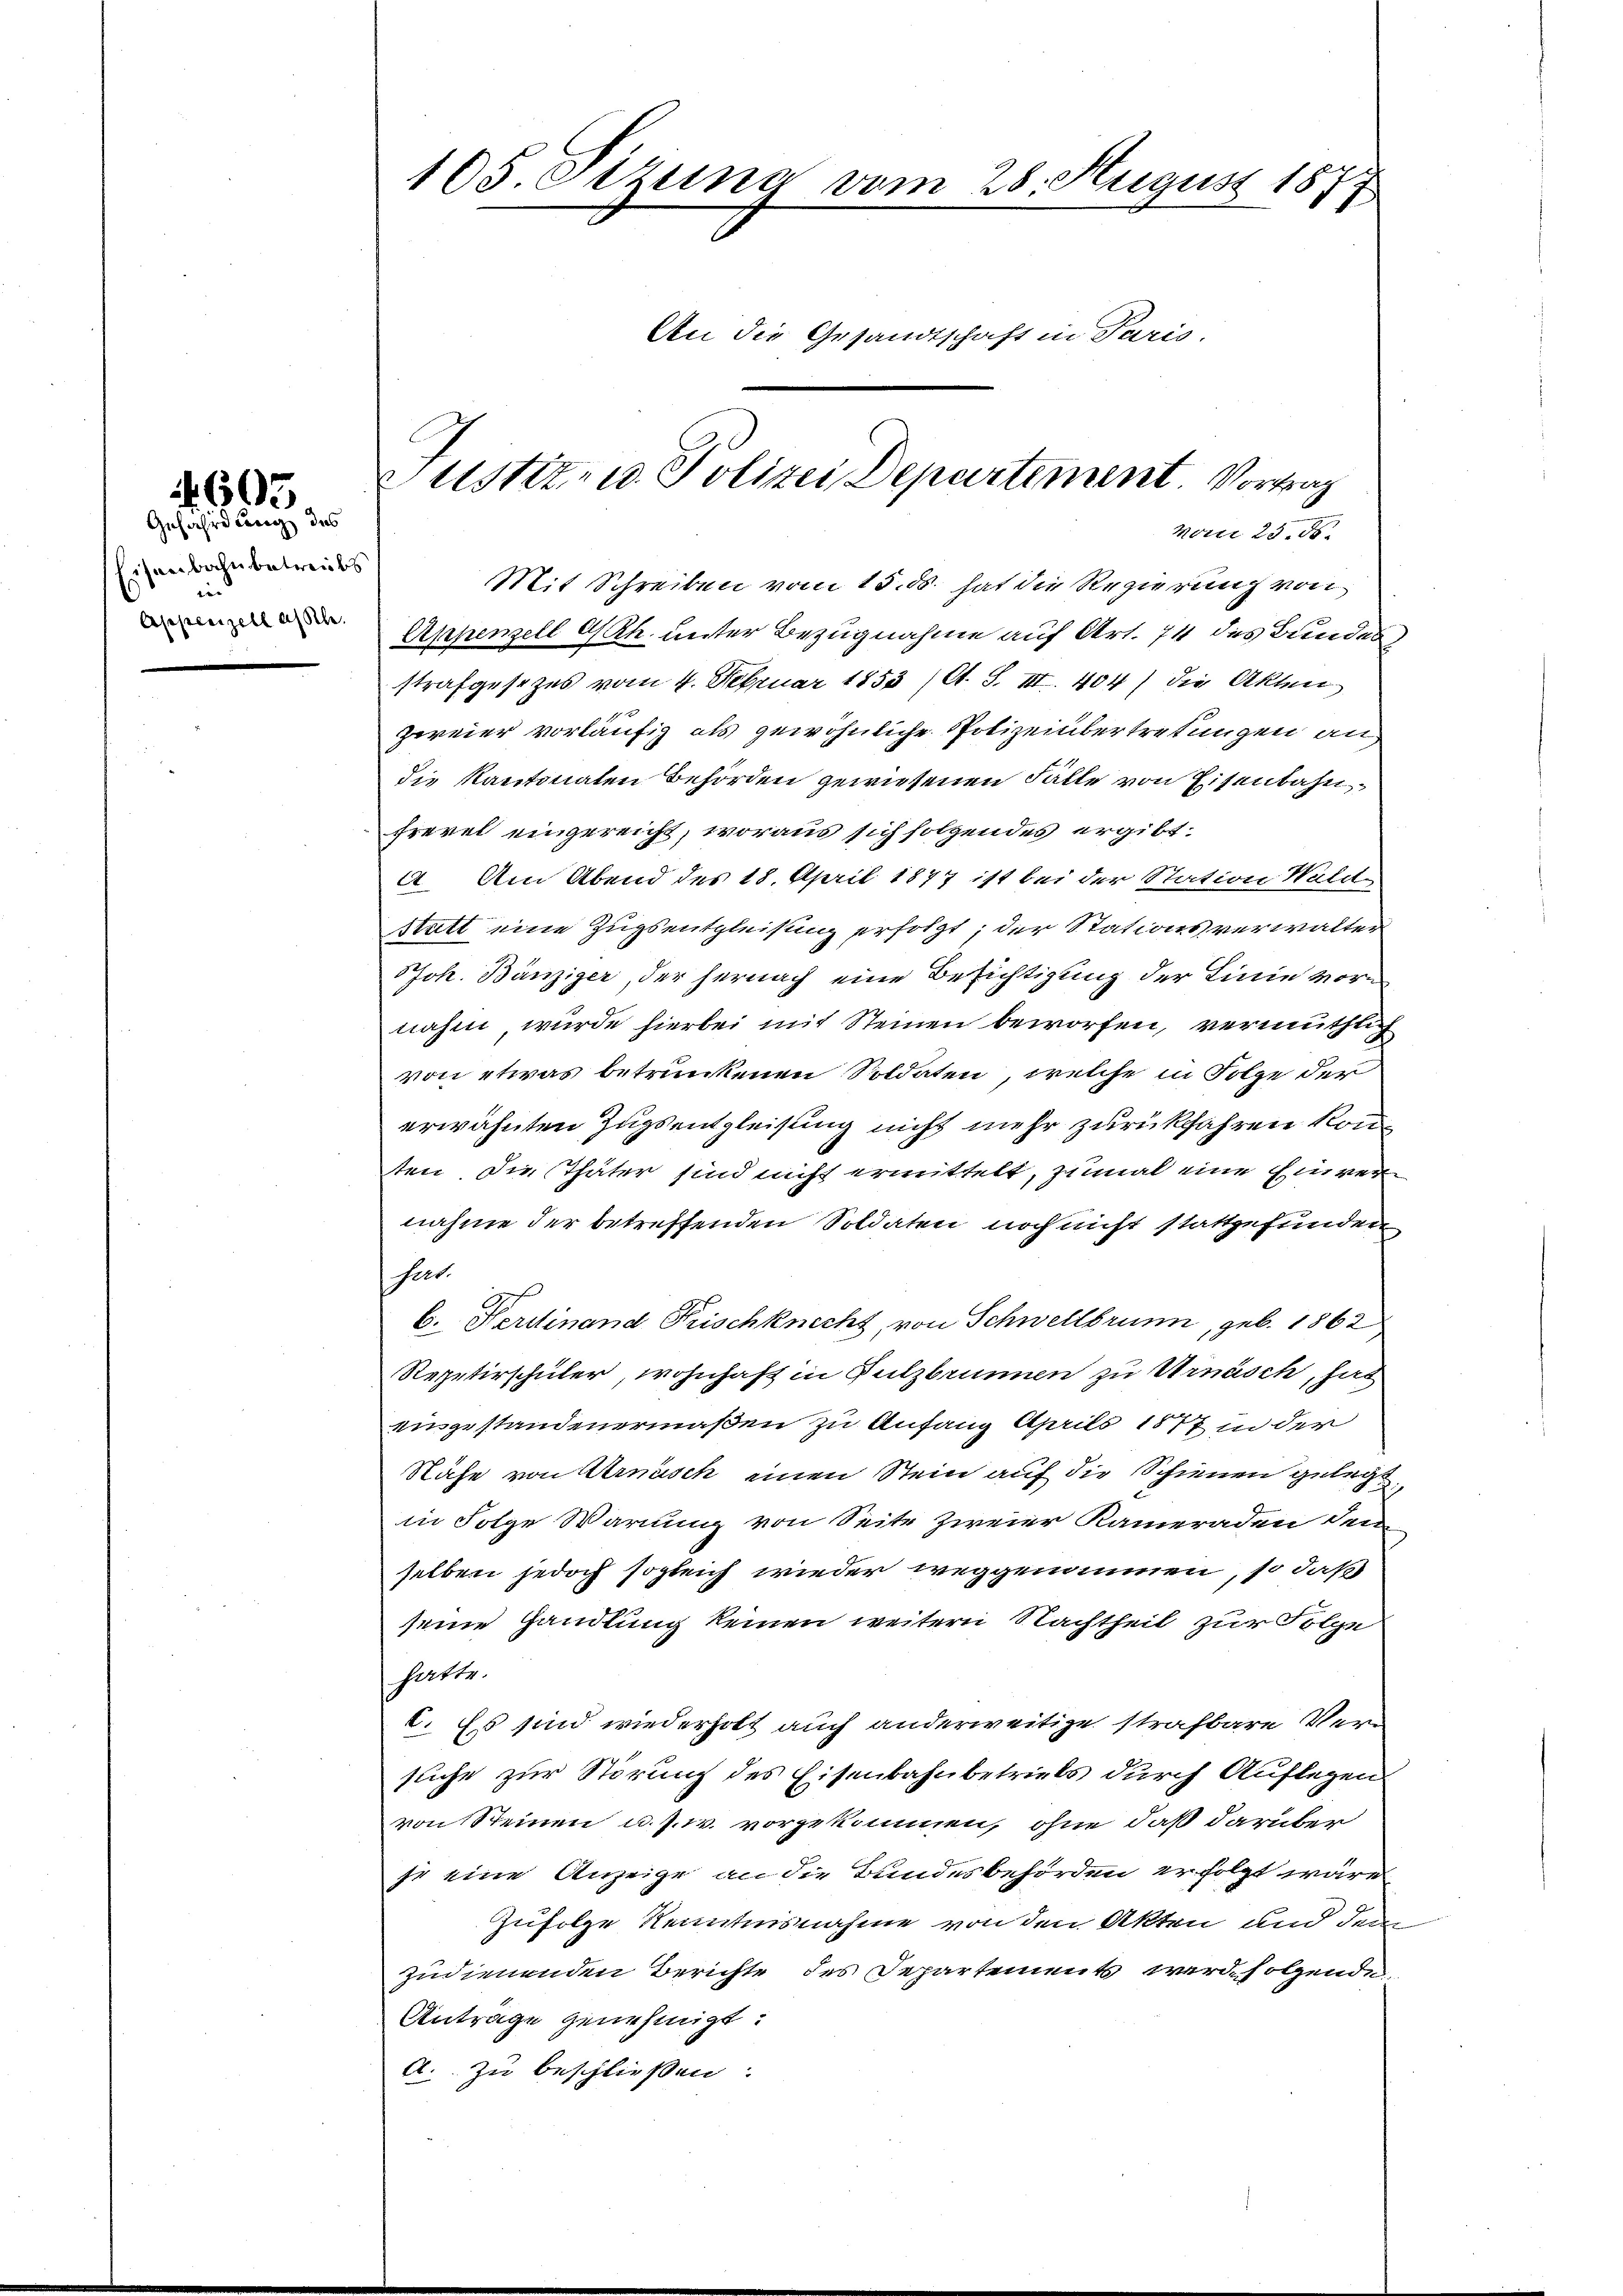
603

Gefährdung des
Eisenbahnbetreibs
in
Appenzell ansch.

105. Stzung vom 28. August 1877
An die Gesandtschaft in Paris.

Justiz- u Polizei Departement Vortrag
von 23. d.

Mit Schreiben vom 15. ds. hat die Regierung von
Exppenzell Ah. unter Bezugnahme auf Art. 74 des Bundes,
strafgesezes vom 4. Februar 1853 (A. S. III. 404) die Akten
zweier vorläufig als gewöhnliche Polizeiübertretungen an
die Kantonaten Behörden gewiesenen Fälle von Eisenbahnfrevel eingereicht, woraus sich folgendes ergibt:
4. Am Abend des 18. April 1877 ist bei der Station Wald
Statt eine Zugsentgleisung erfolgt; der Stationsverwalter
JJoh. Bänziger, der hernach eine Besichtigung der Linie vornahm, wurde hierbei mit Steinen beworfen, vermuthlich
von etwas betrunkenen Soldaten, welche in Folge der
erwähnten Zugsentgleisung nicht mehr zurückfahren könne
ten die Thäter sind nicht ermittelt, zumal eine Einvernahme der betreffenden Soldaten noch nicht stattgefunden
hut.
b. Ferdinand Frischknecht, von Schwellbrunn, geb. 1862
Repetirschüler, wohnhaft in Sulzbrunnen zu Urnäsch, hat
einzustandenermaßen zu Anfang April 1877 in der
Näfe von Arnasch einen Stein auf die Schienen gelegt
in Folge Warnung von Seite zweier Kameraden dem
selben jedoch sogleich wieder weggenommen, so daß
seine Handlung keinen weitern Nachtheil zur Folge
hatte.
6. Es sind wiederholt auch anderweitige strafbare Versuche zur Störung des Eisenbahnbetriels durch Auflegen
von Steinen u. s. w. vorgekommen, ohne daß darüber
je eine Anzeige an die Bundesbehörden erfolgt wäre.
Zufolge Kenntnisnahme von den Akten und dem
zudienenden Berichte des Departements werde folgende
Antrage genehmigt.
A. zu beschließen: